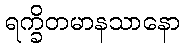
ရက္ခိတမာနသာနော